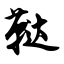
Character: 鞑